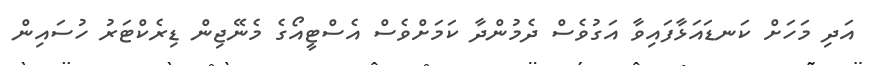
އަދި މަހަށް ކަނޑައަޅާފައިވާ އަގުވެސް ދެމުންދާ ކަމަށްވެސް އެސްޓީއޯގެ މެނޭޖިން ޑިރެކްޓަރު ހުސައިން